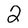
Character: 2